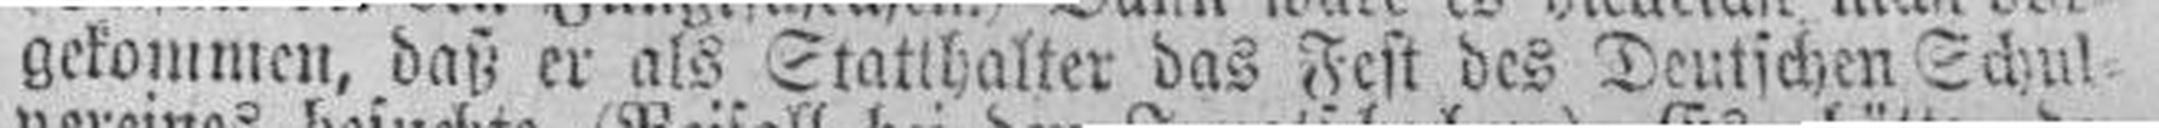
gekommen, daß er als Statihalter das Fest des Deutschen Schul